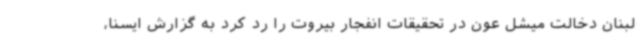
لبنان دخالت میشل عون در تحقیقات انفجار بیروت را رد کرد به گزارش ایسنا،